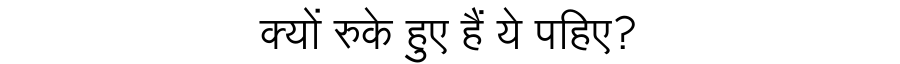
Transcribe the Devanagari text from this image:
क्यों रुके हुए हैं ये पहिए?